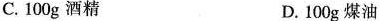
C.100g酒精 D.100g煤油